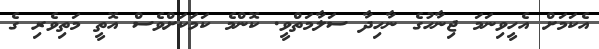
އެކަމަށް އެހީވިނަމަ ޖިނާހުގެ ނާހިދާ ސަލާމަތްވީ. ކޮންމެ ކަމަކަށްވެސް އޮތީ މަތިވެރި ގެ